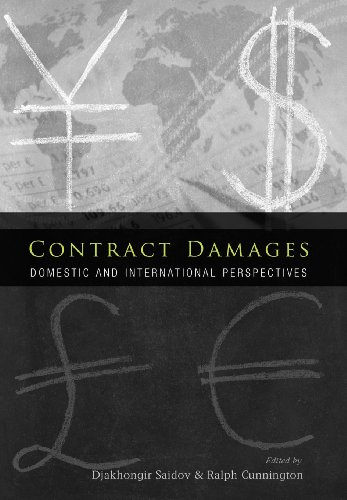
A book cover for Contract Damages: Domestic and International Perspectives; Law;